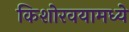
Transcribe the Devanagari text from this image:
किशोरवयामध्ये